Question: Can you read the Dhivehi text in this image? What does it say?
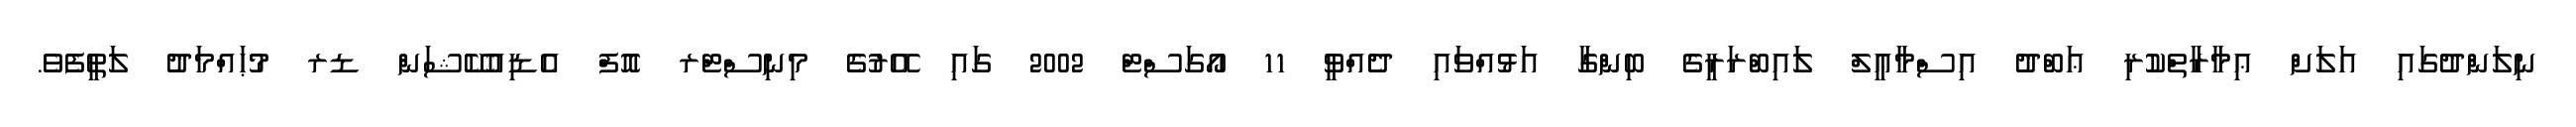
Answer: ނިލަންދުގައި އަލަށް ޢިމާރާތްކުރި ޢަބްދު އިސްމާޢީލް ލައިބްރަރީގެ ބިންގާ އަޅުއްވައި ދެއްވީ 11 އޯގަސްޓް 2002 ގައި އޭރުގެ މިނިސްޓްރ އޮފް އެޑިއުކޭޝަން ޑރ މުޙައްމަދު ލަޠީފެވެ.